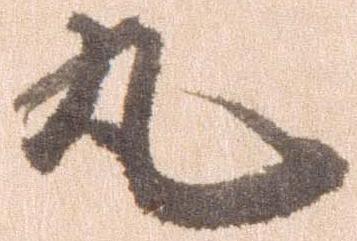
丸